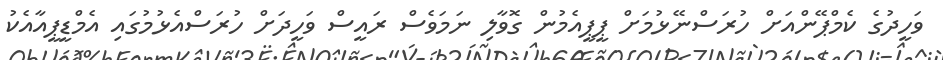
ވަހީދުގެ ކެމްޕޭންއަށް ހުރަސްނޭޅުމަށް ޕީޕީއެމުން ގޮވާލި ނަމަވެސް ރައީސް ވަހީދަށް ހުރަސްއެޅުމުގައި އެމްޑީޕީއާއެކު